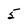
Character: 5